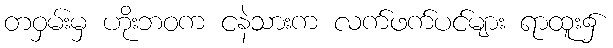
တဝှမ်းမှ ဟိုးဘဝက ငနဲသားက လက်ဖက်ပင်များ ရာထူး၌